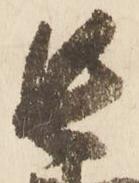
長